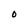
Character: 0